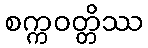
စက္ကဝတ္တိဿ